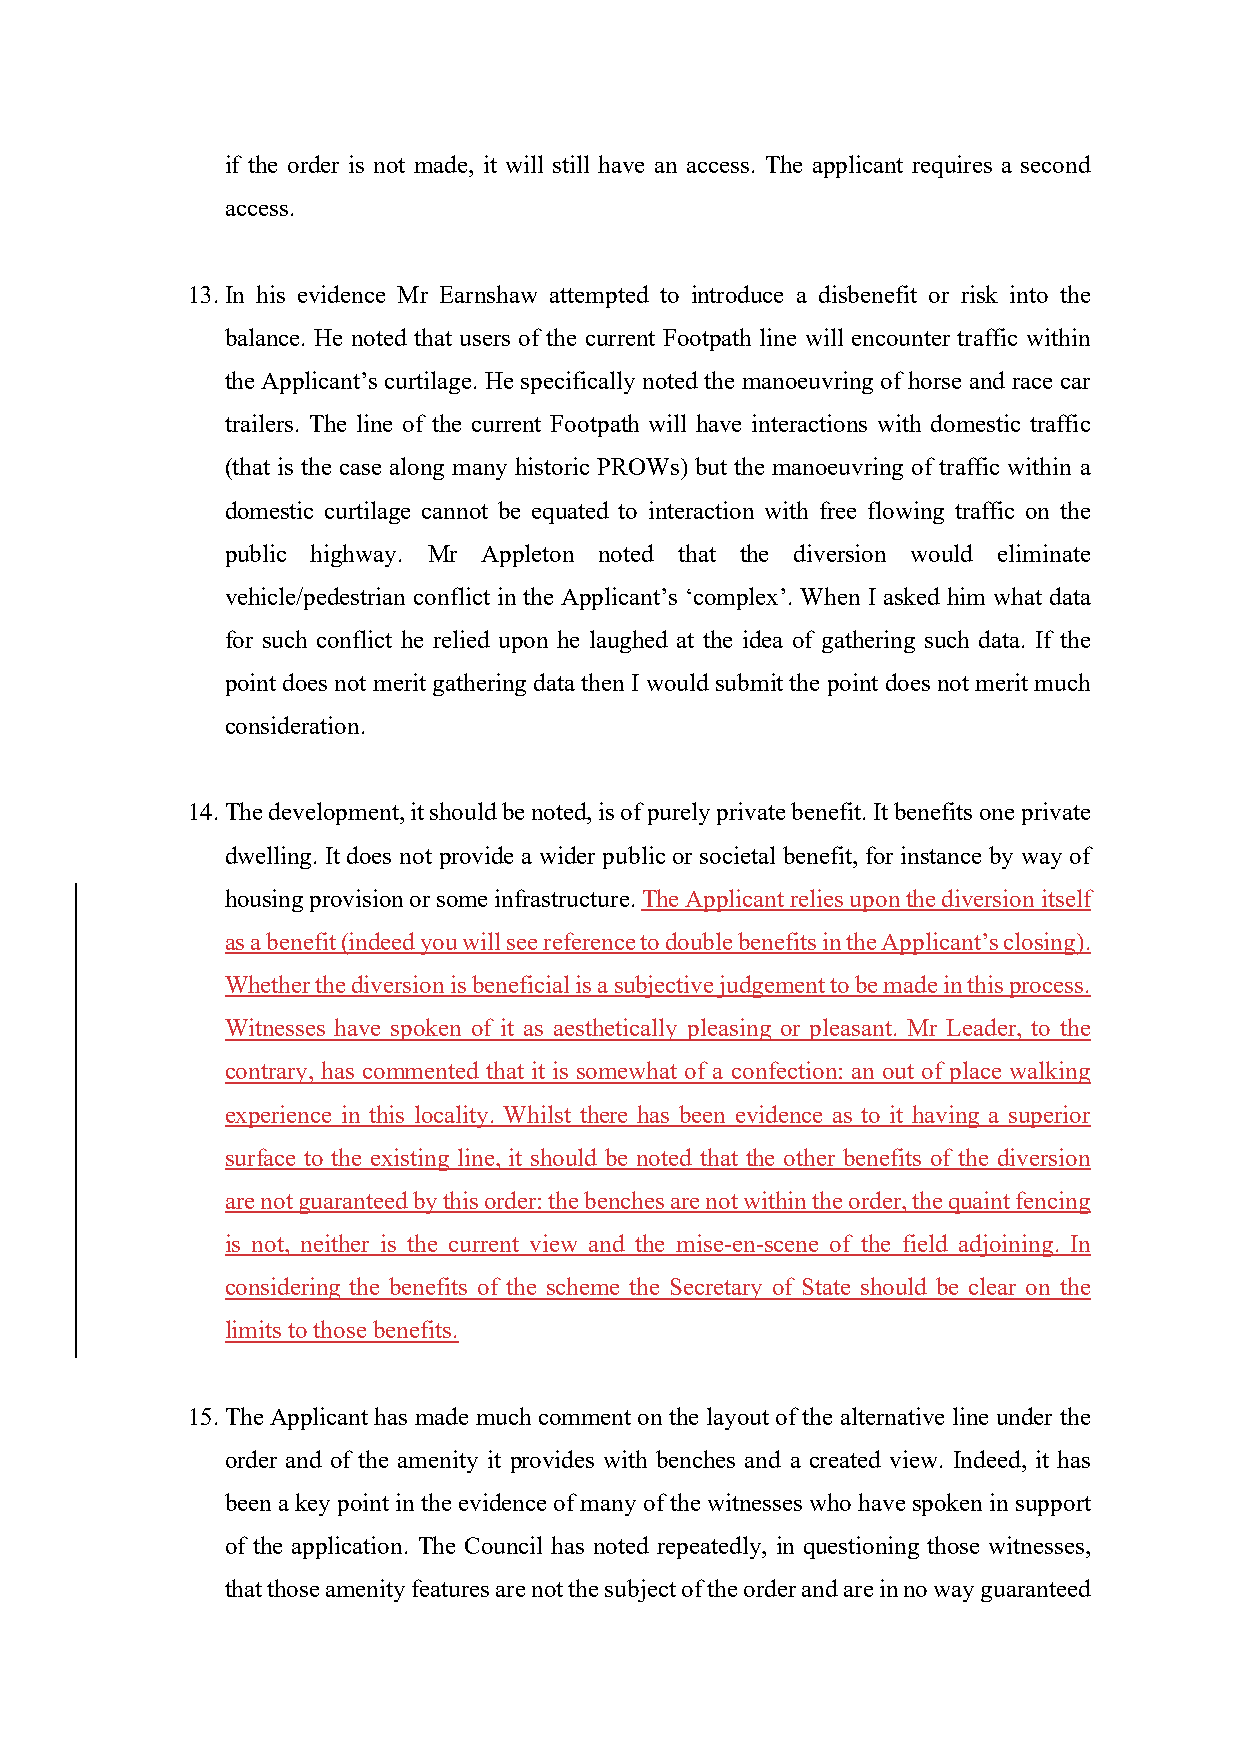
if the order is not made, it will still have an access. The applicant requires a second
 access.
 13. In his evidence Mr Earnshaw attempted to introduce a disbenefit or risk into the
 balance. He noted that users of the current Footpath line will encounter traffic within
 the Applicant’s curtilage. He specifically noted the manoeuvring of horse and race car
 trailers. The line of the current Footpath will have interactions with domestic traffic
 (that is the case along many historic PROWs) but the manoeuvring of traffic within a
 domestic curtilage cannot be equated to interaction with free flowing traffic on the
 public highway. Mr Appleton noted that the diversion would eliminate
 vehicle/pedestrian conflict in the Applicant’s ‘complex’. When I asked him what data
 for such conflict he relied upon he laughed at the idea of gathering such data. If the
 point does not merit gathering data then I would submit the point does not merit much
 consideration.
 14. The development, it should be noted, is of purely private benefit. It benefits one private
 dwelling. It does not provide a wider public or societal benefit, for instance by way of
 housing provision or some infrastructure. The Applicant relies upon the diversion itself
 as a benefit (indeed you will see reference to double benefits in the Applicant’s closing).
 Whether the diversion is beneficial is a subjective judgement to be made in this process.
 Witnesses have spoken of it as aesthetically pleasing or pleasant. Mr Leader, to the
 contrary, has commented that it is somewhat of a confection: an out of place walking
 experience in this locality. Whilst there has been evidence as to it having a superior
 surface to the existing line, it should be noted that the other benefits of the diversion
 are not guaranteed by this order: the benches are not within the order, the quaint fencing
 is not, neither is the current view and the mise-en-scene of the field adjoining. In
 considering the benefits of the scheme the Secretary of State should be clear on the
 limits to those benefits.
 15. The Applicant has made much comment on the layout of the alternative line under the
 order and of the amenity it provides with benches and a created view. Indeed, it has
 been a key point in the evidence of many of the witnesses who have spoken in support
 of the application. The Council has noted repeatedly, in questioning those witnesses,
 that those amenity features are not the subject of the order and are in no way guaranteed